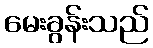
မေးခွန်းသည်